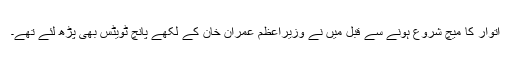
اتوار کا میچ شروع ہونے سے قبل میں نے وزیراعظم عمران خان کے لکھے پانچ ٹویٹس بھی پڑھ لئے تھے۔